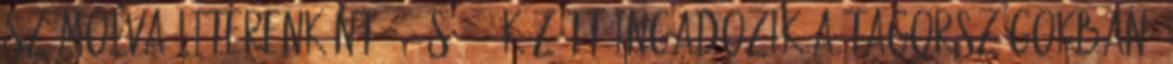
számolva literenként 90 és 221 között ingadozik a tagországokban,